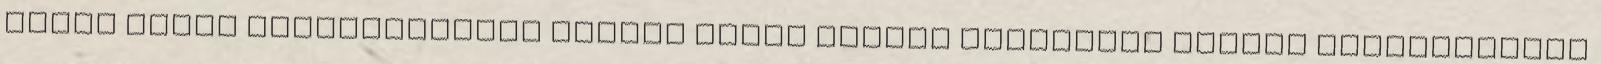
Zuber által kifejlesztett fekete doboz lumped paraméter modell segítségével